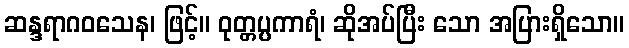
ဆန္ဒရာဂဝသေန၊ ဖြင့်။ ဝုတ္တပ္ပကာရံ၊ ဆိုအပ်ပြီး သော အပြားရှိသော။